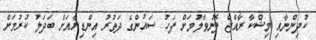
ކުދިންނާއި މިޝްކާ ރާއްޖެ ފޮނުވާލުމަށް ފަހު ސައުންގެ ދަތުރު އިންޑިޔާއަށް ބަދަލު ކުރުމަށް